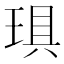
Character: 𤦚